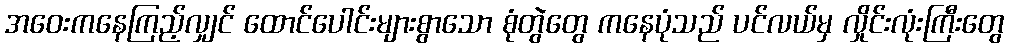
အဝေးကနေကြည့်လျှင် ထောင်ပေါင်းများစွာသော စုံတွဲတွေ ကနေပုံသည် ပင်လယ်မှ လှိုင်းလုံးကြီးတွေ